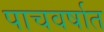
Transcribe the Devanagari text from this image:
पाचवर्षात